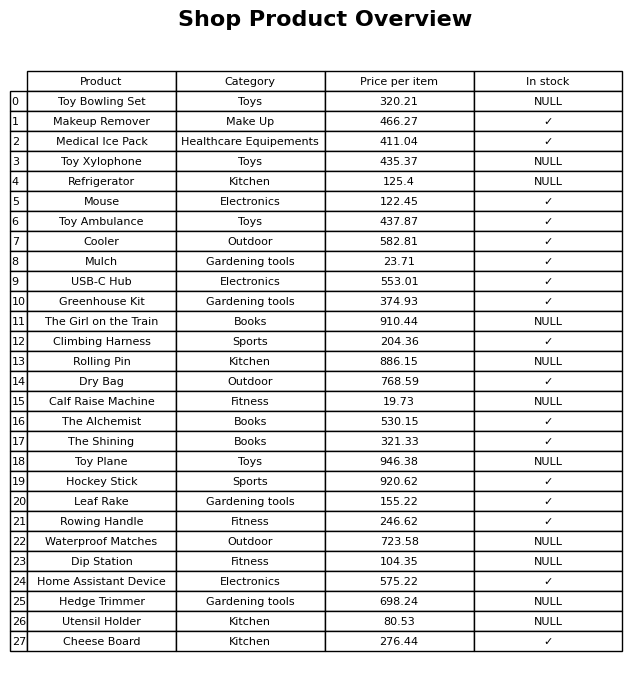
question: What is the price of the USB-C Hub?
answer: The price of USB-C Hub is 553.01.